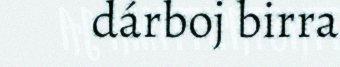
dárboj birra